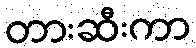
တားဆီးကာ